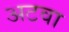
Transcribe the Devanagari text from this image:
अटवा